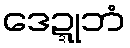
ဒေဍ္ဍုဘံ